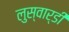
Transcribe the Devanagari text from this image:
लुस्वार्डी